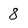
Character: 8